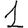
Digit: 1